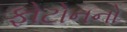
ફોટોનનો